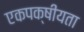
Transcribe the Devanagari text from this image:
एकपक्षीयता